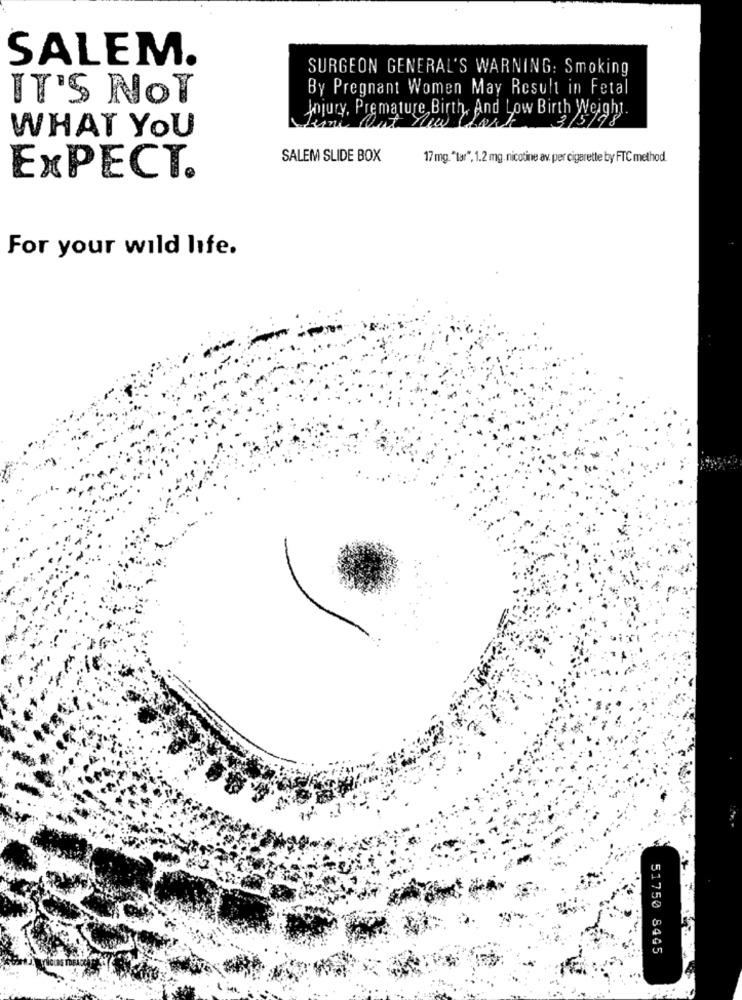
SALEM.
SURGEON GENERAL'S WARNING: Smoking
By Pregnant Women May Result in Fetal
IT'S NOT
Jojury, Premature Birth, And Low Birth Weight.
WHAT YOU
SALEM SLIDE BOX
17 mg. "tar", 1.2 mg. nicotine av. per cigarette by FTC method.
EXPECT.
For your wild life.
51750 8445